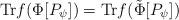
LaTeX: \begin{align*}\mathrm{Tr}f(\Phi [ P_{\psi }])=\mathrm{Tr}f(\tilde{\Phi}[P_{\psi }])\end{align*}